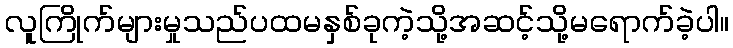
လူကြိုက်များမှုသည်ပထမနှစ်ခုကဲ့သို့အဆင့်သို့မရောက်ခဲ့ပါ။